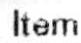
ITEM